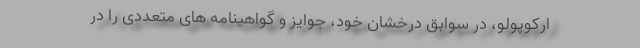
ارکوپولو، در سوابق درخشان خود، جوایز و گواهینامه های متعددی را در